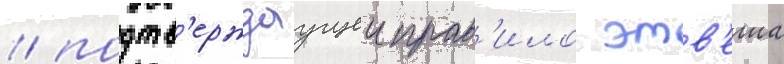
/ подтв'ерждаущеи прав'ило этв'еша